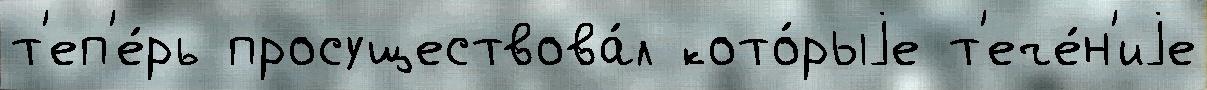
т'еп'е́рь просуществова́л кото́рыjе т'ече́н'иjе